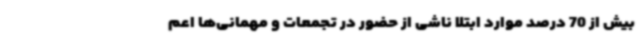
بیش از 70 درصد موارد ابتلا ناشی از حضور در تجمعات و مهمانی‌ها اعم